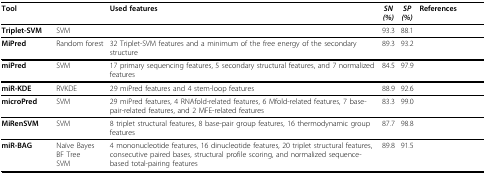
<table><thead><tr><td><b>Tool</b></td><td>[EMPTY_CELL]</td><td><b>Used features</b></td><td><b><i>SN (%)</i></b></td><td><b><i>SP (%)</i></b></td><td><b>References</b></td></tr></thead><tbody><tr><td><b>Triplet-SVM</b></td><td>SVM</td><td>[EMPTY_CELL]</td><td>93.3</td><td>88.1</td><td>[EMPTY_CELL]</td></tr><tr><td><b>MiPred</b></td><td>Random forest</td><td>32 Triplet-SVM features and a minimum of the free energy of the secondary structure</td><td>89.3</td><td>93.2</td><td>[EMPTY_CELL]</td></tr><tr><td><b>miPred</b></td><td>SVM</td><td>17 primary sequencing features, 5 secondary structural features, and 7 normalized features</td><td>84.5</td><td>97.9</td><td>[EMPTY_CELL]</td></tr><tr><td><b>miR-KDE</b></td><td>RVKDE</td><td>29 miPred features and 4 stem-loop features</td><td>88.9</td><td>92.6</td><td>[EMPTY_CELL]</td></tr><tr><td><b>microPred</b></td><td>SVM</td><td>29 miPred features, 4 RNAfold-related features, 6 Mfold-related features, 7 base-pair-related features, and 2 MFE-related features</td><td>83.3</td><td>99.0</td><td>[EMPTY_CELL]</td></tr><tr><td><b>MiRenSVM</b></td><td>SVM</td><td>8 triplet structural features, 8 base-pair group features, 16 thermodynamic group features</td><td>87.7</td><td>98.8</td><td>[EMPTY_CELL]</td></tr><tr><td><b>miR-BAG</b></td><td>Naïve BayesBF TreeSVM</td><td>4 mononucleotide features, 16 dinucleotide features, 20 triplet structural features, consecutive paired bases, structural profile scoring, and normalized sequence-based total-pairing features</td><td>89.8</td><td>91.5</td><td>[EMPTY_CELL]</td></tr></tbody></table>